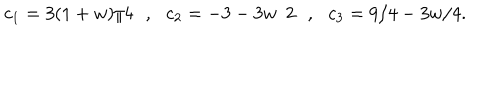
c _ { 1 } = 3 ( 1 + w ) / 4 \: \: \: , \: \: \: c _ { 2 } = - 3 - 3 w / 2 \: \: \: , \: \: \: c _ { 3 } = 9 / 4 - 3 w / 4 .